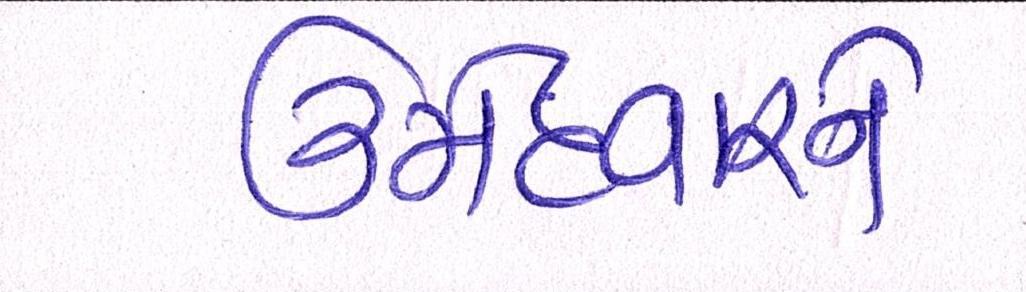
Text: ઉમેદવારને